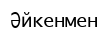
Әйкенмен